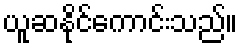
ယူဆနိုင်ကောင်းသည်။